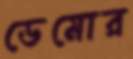
ডেমোর